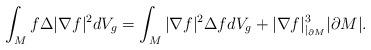
LaTeX: \begin{align*} \int_Mf\Delta |\nabla f|^2dV_g=\int_M|\nabla f|^2\Delta fdV_g+|\nabla f|^3_{|_{\partial M}}|\partial M|.\end{align*}